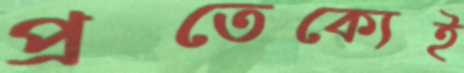
প্রতেক্যেই